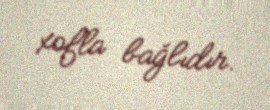
xofla bağlıdır.